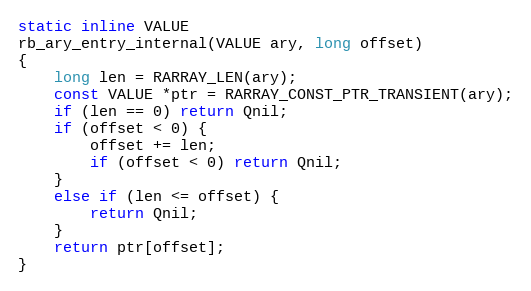
Language: C
static inline VALUE
rb_ary_entry_internal(VALUE ary, long offset)
{
    long len = RARRAY_LEN(ary);
    const VALUE *ptr = RARRAY_CONST_PTR_TRANSIENT(ary);
    if (len == 0) return Qnil;
    if (offset < 0) {
        offset += len;
        if (offset < 0) return Qnil;
    }
    else if (len <= offset) {
        return Qnil;
    }
    return ptr[offset];
}